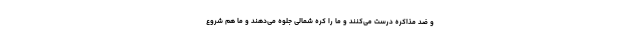
و ضد مذاکره درست می‌کنند و ما را کره شمالی جلوه می‌دهند و ما هم شروع